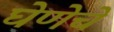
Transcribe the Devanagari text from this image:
घेणेचे